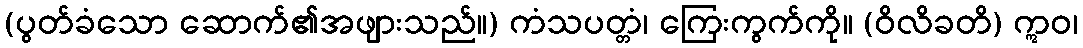
(ပွတ်ခံသော ဆောက်၏အဖျားသည်။) ကံသပတ္တံ၊ ကြေးကွက်ကို။ (ဝိလိခတိ) ဣဝ၊